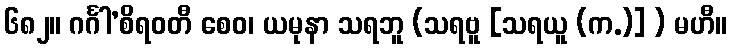
၆၈၂။ ဂင်္ဂါ’စိရဝတီ စေဝ၊ ယမုနာ သရဘူ (သရဗူ [သရယူ (က.)] ) မဟီ။